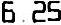
6.25